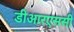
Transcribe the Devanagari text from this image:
डीआरएससी